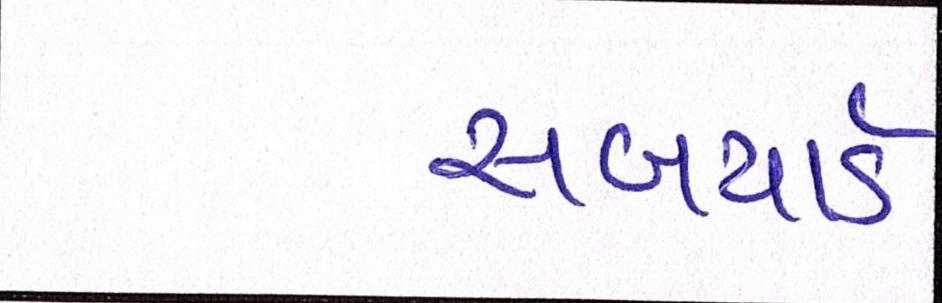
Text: સબયાર્ડ